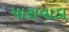
પારાવાડા